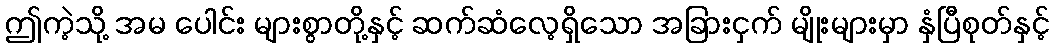
ဤကဲ့သို့ အမ ပေါင်း များစွာတို့နှင့် ဆက်ဆံလေ့ရှိသော အခြားငှက် မျိုးများမှာ နှံပြီစုတ်နှင့်